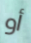
أو